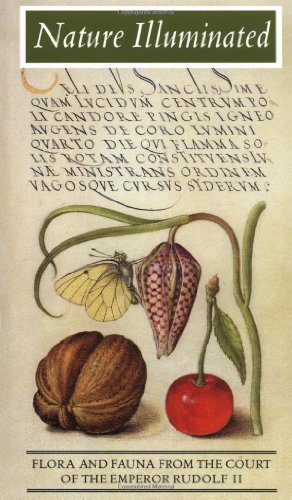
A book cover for Nature Illuminated: Flora and Fauna from the Court of Emperor Rudolf II (Getty Trust Publications: J. Paul Getty Museum); Lee Hendrix; Arts & Photography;